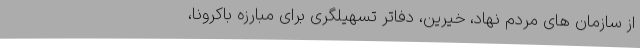
از سازمان های مردم نهاد، خیرین، دفاتر تسهیلگری برای مبارزه باکرونا،